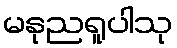
မနုညရူပါသု